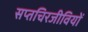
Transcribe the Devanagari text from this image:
सप्तचिरजीवियों